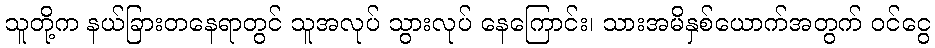
သူတို့က နယ်ခြားတနေရာတွင် သူအလုပ် သွားလုပ် နေကြောင်း၊ သားအမိနှစ်ယောက်အတွက် ဝင်ငွေ